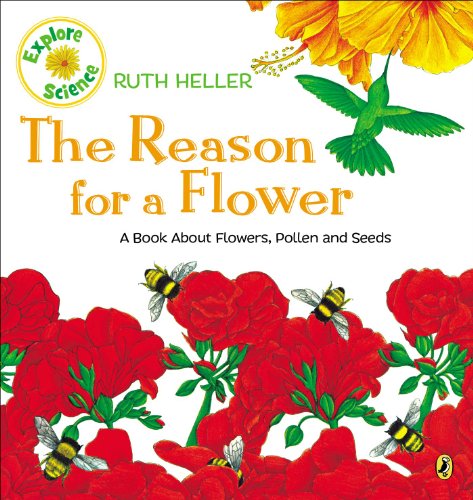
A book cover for The Reason for a Flower: A Book About Flowers, Pollen, and Seeds (Explore!); Ruth Heller; Children's Books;